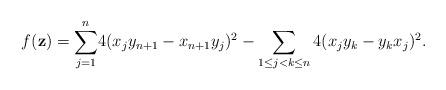
LaTeX: \begin{align*} f(\mathbf{z})={\displaystyle \sum_{j=1}^{n}}4(x_jy_{n+1}-x_{n+1}y_{j})^{2}-\sum_{1\leq j<k \leq n} 4(x_jy_{k}-y_{k}x_{j})^{2}.\end{align*}